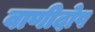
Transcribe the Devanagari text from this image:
वाणीदोष